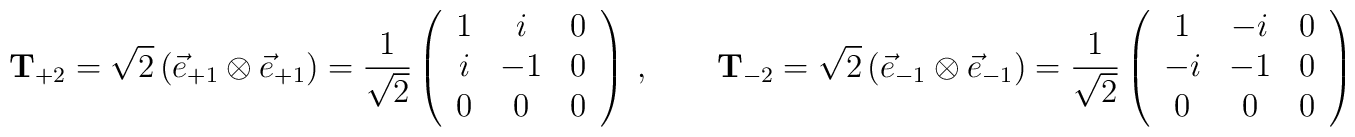
{\bf T}_{+2} =\sqrt{2}\left({\vec e}_{+1}\otimes {\vec e}_{+1}\right) = \frac{1}{\sqrt{2}}\left (\begin{array}{ccc}1      &    i      &    0     \\i      &   -1      &    0     \\0      &    0      &    0\end{array}\right )~,\quad \quad{\bf T}_{-2} =\sqrt{2}\left({\vec e}_{-1}\otimes {\vec e}_{-1}\right) = \frac{1}{\sqrt{2}}\left (\begin{array}{ccc}1       &   -i      &    0     \\-i      &   -1      &    0     \\0       &   0       &    0\end{array}\right )~,